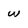
Character: W